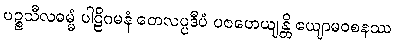
ပဉ္စသီလဓမ္မံ ပါဠိဂမနံ တေလပ္ပဒီပံ ပဇဟေယျန္တိ ဧယျာမဝစနဿ